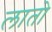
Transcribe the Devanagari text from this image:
लातो